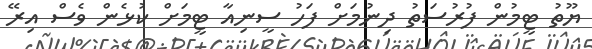
ޔޫތު ޓީމުން ފުރުސަތު ދިނުމަށް ފަހު ސީނިއާ ޓީމަށް ކުޅެން ވެސް އިރޭ